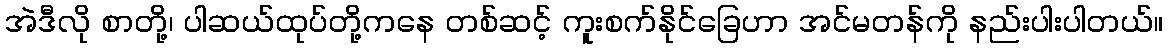
အဲဒီလို စာတို့၊ ပါဆယ်ထုပ်တို့ကနေ တစ်ဆင့် ကူးစက်နိုင်ခြေဟာ အင်မတန်ကို နည်းပါးပါတယ်။